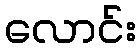
လောင်း